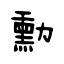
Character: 勳